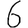
Digit: 6